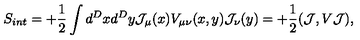
S _ { i n t } = + { \frac { 1 } { 2 } } \int d ^ { D } x d ^ { D } y { \cal J } _ { \mu } ( x ) { V } _ { \mu \nu } ( x , y ) { \cal J } _ { \nu } ( y ) = + { \frac { 1 } { 2 } } ( { \cal J } , V { \cal J } ) ,